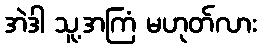
အဲဒါ သူ့အကြံ မဟုတ်လား